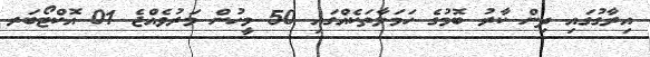
އިރާގުގައި ދިން ކާރު ބޮމުގެ ހަމަލާތަކެއްގައި 50 މީހުން މަރުވެއްޖެ 01 އޮކްޓޯބަރ